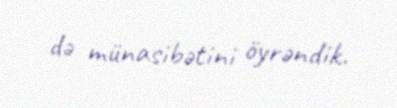
də münasibətini öyrəndik.